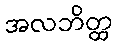
အလဘိတ္ထ